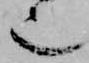
也